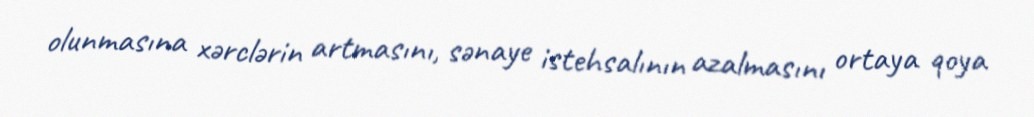
olunmasına xərclərin artmasını, sənaye istehsalının azalmasını ortaya qoya